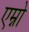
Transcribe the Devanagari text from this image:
एम्नो